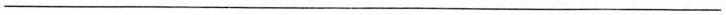
_______________________________________